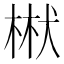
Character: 𭪝